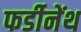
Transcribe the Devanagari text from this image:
फर्डीनेंथ